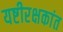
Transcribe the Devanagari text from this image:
यष्टीरक्षकांत